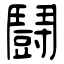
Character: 鬪